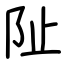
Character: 阯